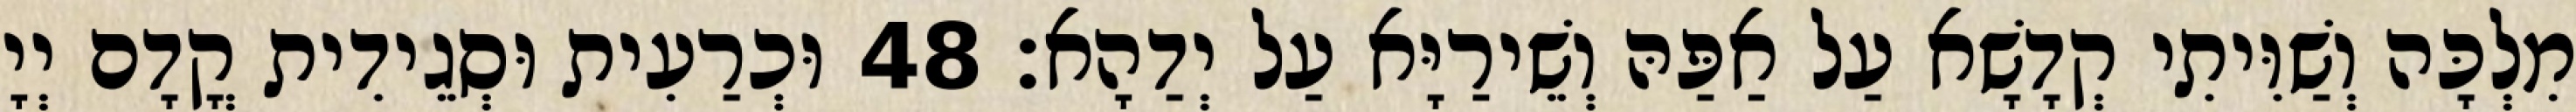
מִלְכָּה וְשַׁוִּיתִי קְדָשָׁא עַל אַפַּהּ וְשֵׁירַיָּא עַל יְדַהָא׃ 48 וּכְרַעִית וּסְגֵידִית קֳדָם יְיָ